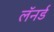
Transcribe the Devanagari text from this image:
लॅनर्ड